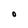
Character: O